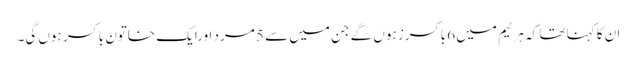
ان کا کہنا تھا کہ ہر ٹیم میں 6 باکسرز ہوں گے جن میں سے 5 مرد اورایک خاتون باکسر ہوں گی۔